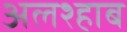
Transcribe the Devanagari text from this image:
अलश्हाब